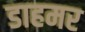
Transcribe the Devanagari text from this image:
डाहमर